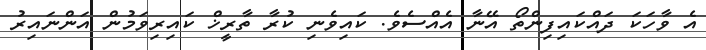
އެ ވާހަކަ ދައްކައިފިންތޯ އޭނާ އެއްސެވެ. ކައިވެނި ކުރާ ތާރީޚް ކައިރިވަމުން އަންނައިރު